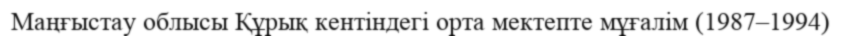
Маңғыстау облысы Құрық кентіндегі орта мектепте мұғалім (1987–1994)